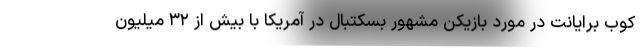
کوب برایانت در مورد بازیکن مشهور بسکتبال در آمریکا با بیش از ۳۲ میلیون